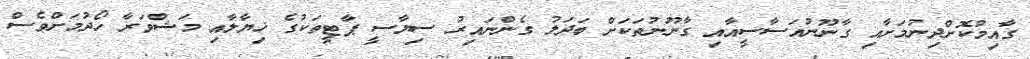
ގާއިމުކޮށްދިނުމަށާއި ގާނޫނުއަސާސީއާއި ގާނޫނުތަކަށް ބަދަލު ގެންނައިރު ސިޔާސީ ޕާޓީތަކުގެ ޚިޔާލާއި މަޝްވަރާ ހޯދުމަށްވެސް